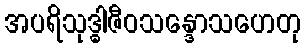
အပရိသုဒ္ဓါဇီဝသန္ဒောသဟေတု